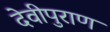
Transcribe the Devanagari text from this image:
देवीपुराण